Vaccination in Burma 1912-1922 - 1912-1922
Year: 1912
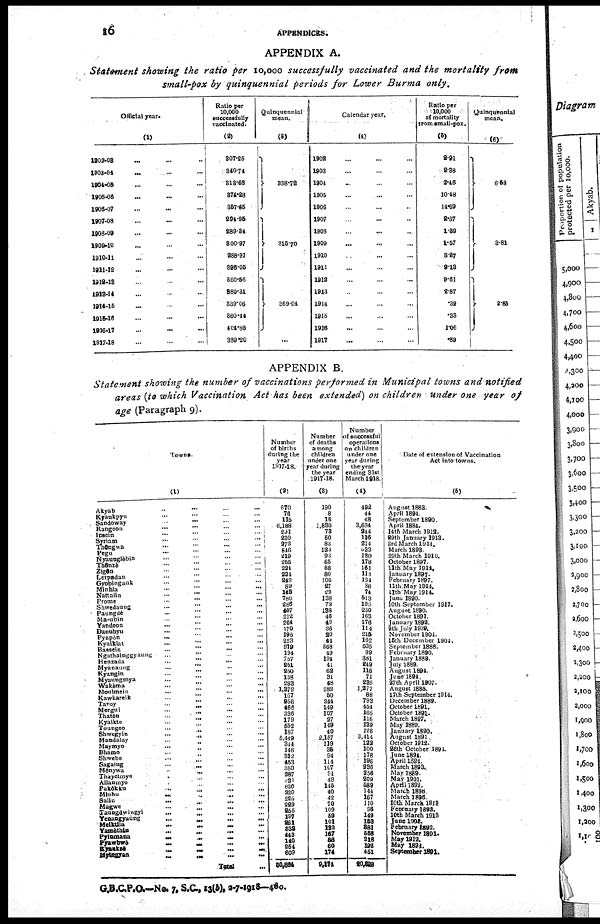
16
APPENDICES.
APPENDIX A.
Statement showing the ratio per 10,000 successfully vaccinated and the mortality from
small-pox by quinquennial periods for Lower Burma only.
Official year.
(1)
1902-03 ... ... ...
1903-04 ... ... ...
1904-05 ... ... ...
1905-06 ... ... ...
1906-07 ... ... ...
1907-08 ... ... ...
1908-09 ... ... ...
1909-10 ... ... ...
1910-11 ... ... ...
1911-12 ... ... ...
1912-13 ... ... ...
1913-14 ... ... ...
1914-15 ... ... ...
1915-16 ... ... ...
1916-17 ... ... ...
1917-18 ... ... ...
Ratio per
10,000
successfully
vaccinated.
(3)
307.25
340.74
313.68
374.28
357.65
294.95
289.34
300.97
288.91
396.05
360.56
880.31
339.06
360.44
404.85
389.20
Quinquennial
mean.
(3)
338.72
315.70
369.04
...
Calendar year.
(4)
1909 ... ... ...
1903 ... ... ...
1904 ... ... ...
1905 ... ... ...
1906 ... ... ...
1907 ... ... ...
1908 ... ... ...
1909 ... ... ...
1910 ... ... ...
1911 ... ... ...
1912 ... ... ...
1913 ... ... ...
1914 ... ... ...
1915 ... ... ...
1916 ... ... ...
1917 ... ... ...
Ratio per
10,000
of mortality
from small-pox.
(5)
2.91
2.38
2.46
10.48
14.69
2.87
1.39
1.57
3.27
9.13
9.61
2.87
.39
.33
1.06
.89
Quinquennial
mean.
(6)
6.58
3.81
2.85
APPENDIX B.
Statement showing the number of vaccinations performed in Municipal towns and notified
areas (to which Vaccination Act has been extended) on children under one year of
age (Paragraph 9).
Towns.
(1)
Akyab ... ... ... ...
Kyankpyu
...
...
...
...
Sandoway
...
...
...
...
Rangoon
...
...
...
...
Insein
...
...
...
...
Syriam
...
...
...
...
Thôngwa
...
...
...
...
Pegu ... ... ... ...
Nyaunglèbin
...
...
...
...
Thônzè ... ... ... ...
Zigôn ... ... ... ...
Letpadan ... ... ... ...
Gyobingauk ... ... ... ...
Minhla ... ... ... ...
Nattalin ... ... ... ...
Prome
...
...
...
...
Shwedaung ... ... ... ...
Paungdè ... ... ... ...
Ma-ubin ... ... ... ...
Yandoon ... ... ... ...
Danubyu ... ... ... ...
Pyapôn ... ... ... ...
Kyaiklat ... ... ... ...
Bassein ... ... ... ...
Ngathainggyaung ... ... ... ...
Henzada ... ... ... ...
Myanaung
...
...
...
...
Kyangin
...
...
...
...
Myaungmya ... ... ... ...
Wakèma ... ... ... ...
Moulmein ... ... ... ...
Kawkareik ... ... ... ...
Tavoy ... ... ... ...
Mergui
...
...
...
...
Thatôn ... ... ... ...
Kyaikto ... ... ... ...
Toungoo ... ... ... ...
Shwegyin ... ... ... ...
Mandalay
...
...
...
...
Maymyo
...
...
...
...
Bhamo ... ... ... ...
Shwebo
...
...
...
...
Sagaing ... ... ... ...
Mônywa
...
...
...
...
Thayetmyo ... ... ... ...
Allanmyo
...
...
...
...
Pakôkku
...
...
...
...
Minbu
...
...
...
...
Salin ... ... ... ...
Magwe
...
...
...
...
Taungdwingyi
...
...
...
...
Yenangyaung ... ... ... ...
Yenangyaung
...
...
...
...
Yamèthin
...
...
...
...
Pyinmana
...
...
...
...
Pyawbwè
...
...
...
...
Kyanksè
...
...
...
...
Mytsagyan
...
...
...
...
Total ...
Number
of births
during the
year
1817-18.
(2)
670
76
115
6,188
291
230
272
546
219
255
224
224
249
89
143
780
286
407
212
264
170
196
223
979
194
757
251
250
158
283
1,372
167
956
466
336
179
552
187
5,449
344
146
312
453
350
287
031
620
220
225
229
255
197
261
333
443
140
254
609
30,804
Number
of deaths
among
children
ander one
year during
the year
1917-18.
(3)
190
8
16
1,830
73
50
83
123
93
65
58
80
105
27
29
138
79
138
46
49
36
20
44
368
49
194
41
62
31
48
282
50
244
149
107
27
149
40
2,157
119
35
94
114
107
94
48
145
40
42
70
109
59
101
132
167
86
60
174
9,174
Number
of successful
operations
on children
under one
year during
the year
ending 31st
March 1918.
(4)
492
44
48
3,634
244
116
214
633
180
178
161
118
134
36
74
513
196
230
163
176
114
215
162
535
99
381
249
116
71
235
1,277
88
793
454
165
116
139
126
3,414
122
100
178
196
236
256
209
589
144
167
110
98
149
153
381
558
318
192
451
20,828
Date of extension of Vaccination
Act into towns.
(5)
August 1883.
April 1894.
September 1890.
April 1884.
14th March 1912.
29th January 1913.
3rd March l914.
March 1893.
29th March 1910.
October 1897.
11th May 1914.
January 1897.
February 1897.
11th May 1914.
11th May 1914.
June 1890.
10th September 1917.
August 1890.
October 1891.
January 1892.
9th July 1909.
November 1904.
15th December 1904.
September 1888.
February 1890.
January 1889.
July 1889.
August 1894.
June 1894.
27th April 1907.
August 1885.
17th September 1914.
December 1889.
October 1891.
October 1891.
March 1897.
May 1889.
January 1890.
August 1891
October 1912.
26th October 1894.
June 1894.
April 1894.
March 1893.
May 1889.
May 1901.
April 1892.
March 1896.
March 1895.
10th March 1913
February 1893.
10th March 1913
June 1908.
February 1892.
November 1891.
May 1912.
May 1894.
September 1891.
G.B.C.P.O.—No. 7. S.C., 13(b), 2-7-1918—480.